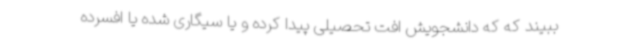
ببیند که که دانشجویش افت تحصیلی پیدا کرده و یا سیگاری شده یا افسرده